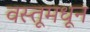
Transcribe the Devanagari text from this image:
वस्तूमधून